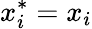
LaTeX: x_{i}^{*}=x_{i}